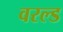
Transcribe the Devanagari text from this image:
वरल्ड